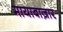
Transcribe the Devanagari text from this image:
मायाबाज़ार